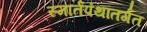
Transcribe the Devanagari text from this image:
स्मार्तपंथांतर्गत